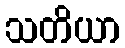
သတိယာ